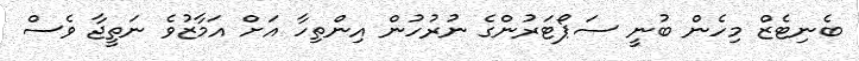
ބެނިޓެޒް މިހެން ބުނީ ސަޕޯޓަރުންގެ ނުރުހުން އިންތިހާ އަށް އަމާޒުވެ ނަތީޖާ ވެސް